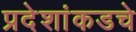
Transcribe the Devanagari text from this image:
प्रदेशांकडचे